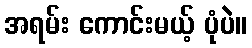
အရမ်း ကောင်းမယ့် ပုံပဲ။